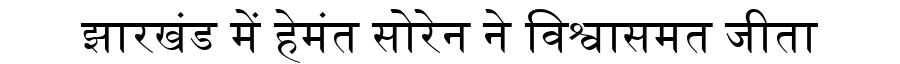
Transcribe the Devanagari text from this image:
झारखंड में हेमंत सोरेन ने विश्वासमत जीता